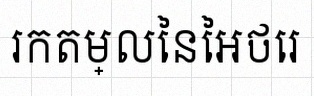
រកតម្លៃនៃអថេរ